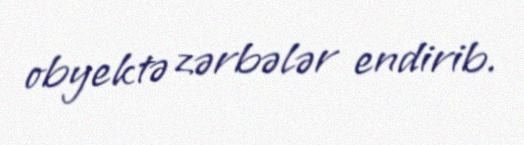
obyektə zərbələr endirib.